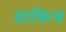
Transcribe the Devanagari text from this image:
साकिज